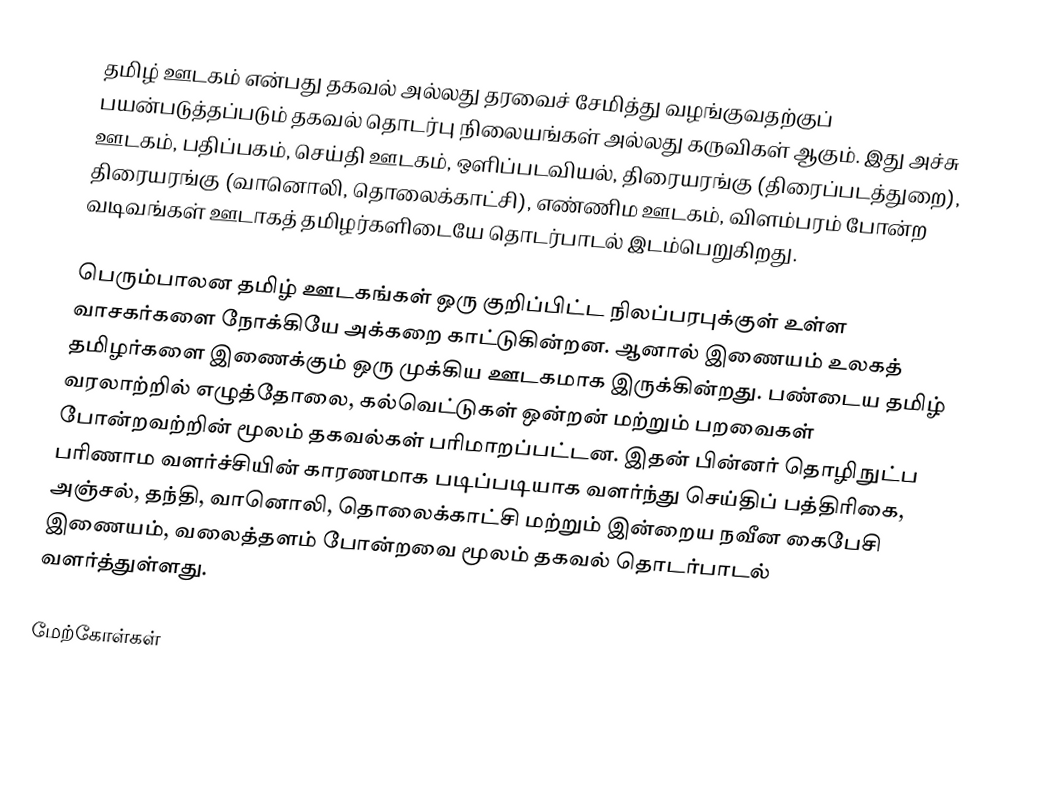
தமிழ் ஊடகம் என்பது தகவல் அல்லது தரவைச் சேமித்து வழங்குவதற்குப் பயன்படுத்தப்படும் தகவல் தொடர்பு நிலையங்கள் அல்லது கருவிகள் ஆகும். இது அச்சு ஊடகம், பதிப்பகம், செய்தி ஊடகம், ஒளிப்படவியல், திரையரங்கு (திரைப்படத்துறை), திரையரங்கு (வானொலி, தொலைக்காட்சி), எண்ணிம ஊடகம், விளம்பரம் போன்ற வடிவங்கள் ஊடாகத் தமிழர்களிடையே தொடர்பாடல் இடம்பெறுகிறது.

பெரும்பாலன தமிழ் ஊடகங்கள் ஒரு குறிப்பிட்ட நிலப்பரபுக்குள் உள்ள வாசகர்களை நோக்கியே அக்கறை காட்டுகின்றன. ஆனால் இணையம் உலகத் தமிழர்களை இணைக்கும் ஒரு முக்கிய ஊடகமாக இருக்கின்றது. பண்டைய தமிழ் வரலாற்றில் எழுத்தோலை, கல்வெட்டுகள் ஒன்றன் மற்றும் பறவைகள் போன்றவற்றின் மூலம் தகவல்கள் பரிமாறப்பட்டன. இதன் பின்னர் தொழிநுட்ப பரிணாம வளர்ச்சியின் காரணமாக படிப்படியாக வளர்ந்து செய்திப் பத்திரிகை, அஞ்சல், தந்தி, வானொலி, தொலைக்காட்சி மற்றும் இன்றைய நவீன கைபேசி இணையம், வலைத்தளம் போன்றவை மூலம் தகவல் தொடர்பாடல் வளர்த்துள்ளது.

மேற்கோள்கள்